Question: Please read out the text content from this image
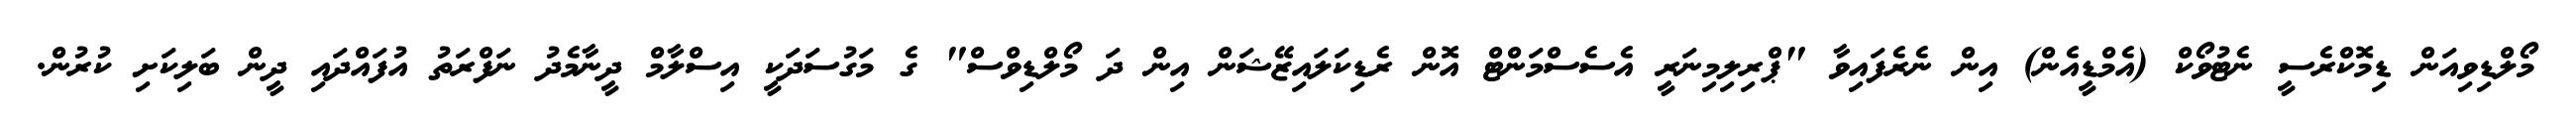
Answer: މޯލްޑިވިއަން ޑިމޮކްރެސީ ނެޓުވޯކް (އެމްޑީއެން) އިން ނެރެފައިވާ "ޕްރިލިމިނަރީ އެސެސްމަންޓް އޮން ރެޑިކަލައިޒޭޝަން އިން ދަ މޯލްޑިވްސް" ގެ މަގުސަދަކީ އިސްލާމް ދީނާމެދު ނަފްރަތު އުފައްދައި ދީން ބަލިކަށި ކުރުން.